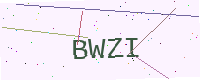
Text: BWZI